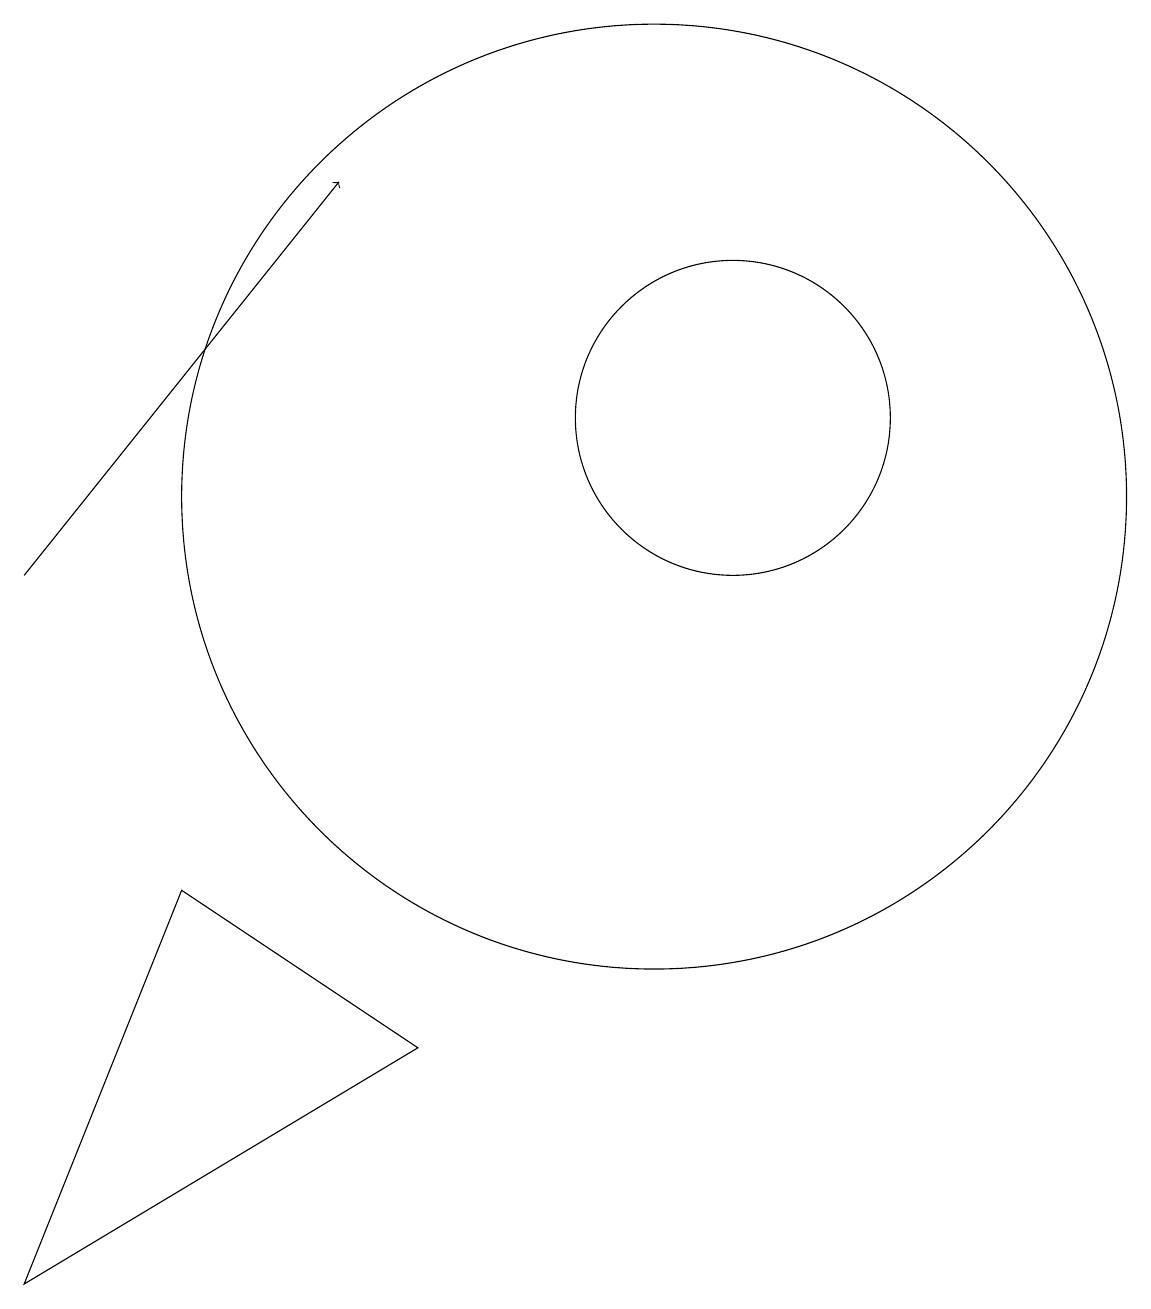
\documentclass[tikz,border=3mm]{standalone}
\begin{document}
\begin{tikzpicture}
\draw (10,11) circle (6);
\draw[->] (2,10) -- (6,15);
\draw (4,6) -- (2,1) -- (7,4) -- cycle;
\draw (11,12) circle (2);
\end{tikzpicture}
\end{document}